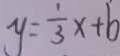
y = \frac { 1 } { 3 } x + b